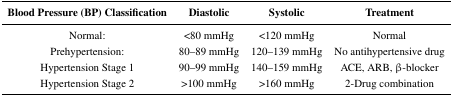
<table><thead><tr><td><b>Blood Pressure (BP) Classification</b></td><td><b>Diastolic</b></td><td><b>Systolic</b></td><td><b>Treatment</b></td></tr></thead><tbody><tr><td>Normal:</td><td>&lt;80 mmHg</td><td>&lt;120 mmHg</td><td>Normal</td></tr><tr><td>Prehypertension:</td><td>80–89 mmHg</td><td>120–139 mmHg</td><td>No antihypertensive drug</td></tr><tr><td>Hypertension Stage 1</td><td>90–99 mmHg</td><td>140–159 mmHg</td><td>ACE, ARB, β-blocker</td></tr><tr><td>Hypertension Stage 2</td><td>&gt;100 mmHg</td><td>&gt;160 mmHg</td><td>2-Drug combination</td></tr></tbody></table>